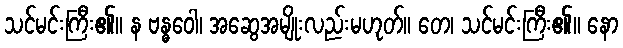
သင်မင်းကြီး၏။ န ဗန္ဓဝေါ၊ အဆွေအမျိုးလည်းမဟုတ်။ တေ၊ သင်မင်းကြီး၏။ နော